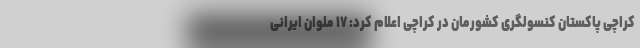
کراچی پاکستان کنسولگری کشورمان در کراچی اعلام کرد: ۱۷ ملوان ایرانی